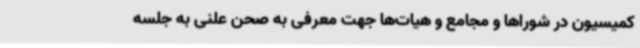
کمیسیون در شوراها و مجامع و هیات‌ها جهت معرفی به صحن علنی به جلسه